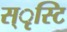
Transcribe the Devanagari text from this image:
स्ृस्टि